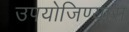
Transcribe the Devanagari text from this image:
उपयोजिण्यास